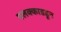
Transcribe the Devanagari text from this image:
पलक्काडहून